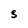
Character: S